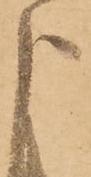
よ